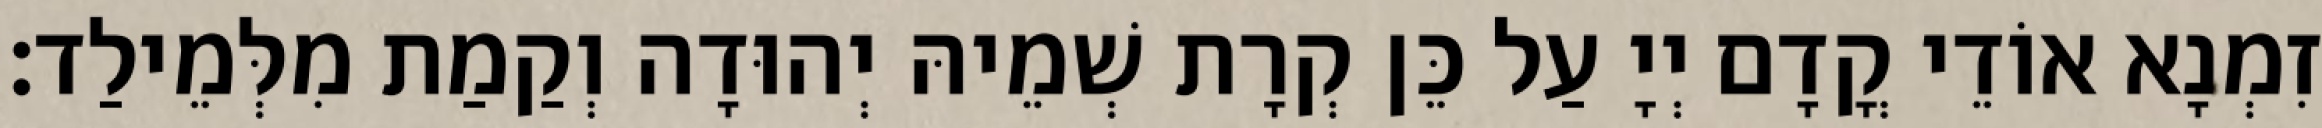
זִמְנָא אוֹדֵי קֳדָם יְיָ עַל כֵּן קְרָת שְׁמֵיהּ יְהוּדָה וְקַמַת מִלְּמֵילַד׃